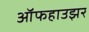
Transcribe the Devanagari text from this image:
ऑफहाउझर